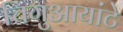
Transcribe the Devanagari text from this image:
चिगुआयांटे